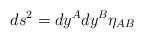
LaTeX: \begin{align*} ds^2 = dy^A dy^B \eta_{AB}\end{align*}